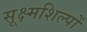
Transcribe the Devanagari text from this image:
सूक्ष्मशिल्पों